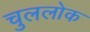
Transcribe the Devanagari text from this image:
चुललोक